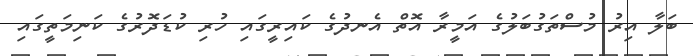
ބަލާ އިރު މުސްތަގުބަލުގެ އަމީރާ އޮތް އެނދުގެ ކައިރީގައި ހުރި ކުޑަދޮރުގެ ކަނިމަތީގައި